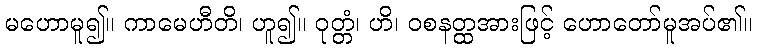
မဟောမူ၍။ ကာမေဟီတိ၊ ဟူ၍။ ဝုတ္တံ၊ ဟိ၊ ဝစနတ္ထအားဖြင့် ဟောတော်မူအပ်၏။